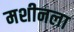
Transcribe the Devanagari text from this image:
मशीनला